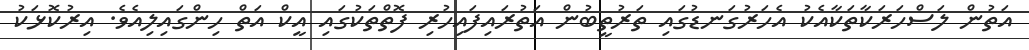
އަތުން ލަސްހަރަކާތަކާއެކު އެހަރުގަނޑުގައި ތަރުތީބުން އަތުރައިފައިހުރި ފޮތްތަކުގައި އީކް އަތް ހިންގައިލިއެވެ. އިރުކޮޅަކު